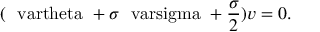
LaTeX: ( \mathrm { \boldmath ~ \ v a r t h e t a ~ } + \sigma \mathrm { \boldmath ~ \ v a r s i g m a ~ } + \frac { \sigma } { 2 } ) v = 0 .